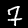
Label: 7